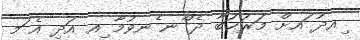
ިއދު ައށް މަރުޙަބާ ދެ ްނ ެނވުމާ ިއ އަދި އެ ަމ